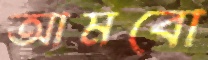
আমবো